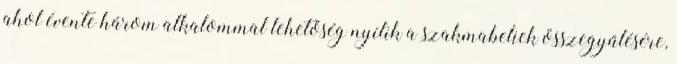
ahol évente három alkalommal lehetőség nyílik a szakmabeliek összegyűlésére,